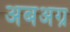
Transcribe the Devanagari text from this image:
अबअग्र